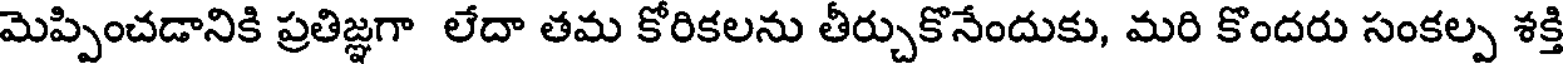
మెప్పించడానికి ప్రతిజ్ఞగా లేదా తమ కోరికలను తీర్చుకొనేందుకు, మరి కొందరు సంకల్ప శక్తి